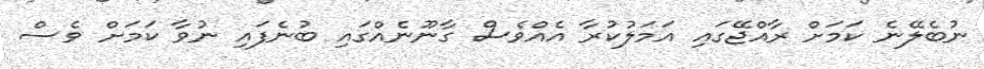
ނުބެލޭނެ ކަމަށް ރާއްޖޭގައި އަމަލުކުރާ އެއްވެސް ގާނޫނެއްގައި ބުނެފައި ނުވާ ކަމަށް ވެސް